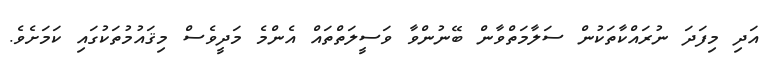
އަދި މިފަދަ ނުރައްކާތަކުން ސަލާމަތްވާން ބޭނުންވާ ވަސީލަތްތައް އެންމެ މަދީވެސް މިޤައުމުތަކުގައި ކަމަށެވެ.